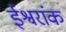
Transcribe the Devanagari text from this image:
ईश्वरांक